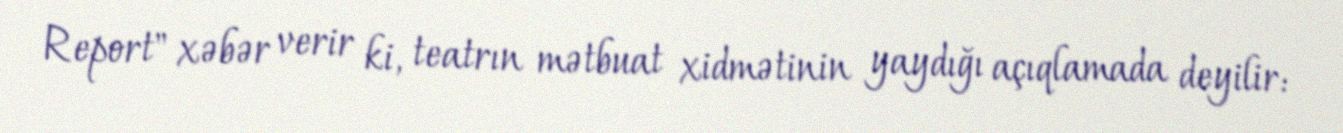
Report" xəbər verir ki, teatrın mətbuat xidmətinin yaydığı açıqlamada deyilir: